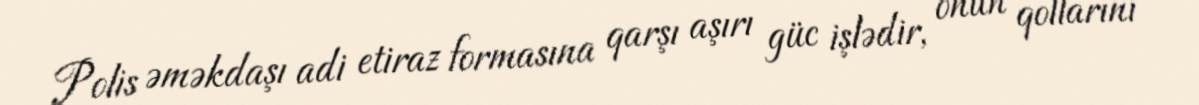
Polis əməkdaşı adi etiraz formasına qarşı aşırı güc işlədir, onun qollarını